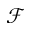
\mathcal { F }